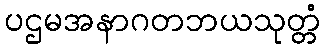
ပဌမအနာဂတဘယသုတ္တံ